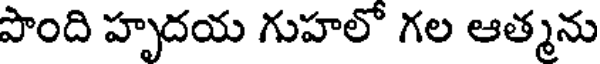
పొంది హృదయ గుహలో గల ఆత్మను